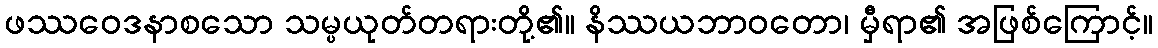
ဖဿဝေဒနာစသော သမ္ပယုတ်တရားတို့၏။ နိဿယဘာဝတော၊ မှီရာ၏ အဖြစ်ကြောင့်။